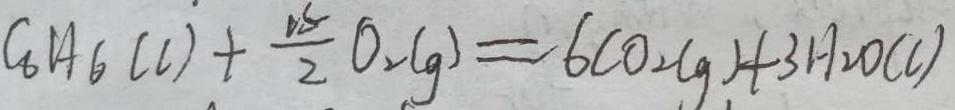
G _ { 6 } H _ { 6 } ( l ) + \frac { 1 5 } { 2 } O _ { 2 } ( g ) = 6 C O _ { 2 } ( g ) + 3 H _ { 2 } O ( C )